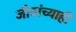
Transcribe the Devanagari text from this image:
जीवांच्याही